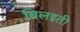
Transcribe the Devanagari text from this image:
बिलइती